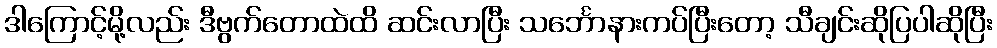
ဒါကြောင့်မို့လည်း ဒီဗွက်တောထဲထိ ဆင်းလာပြီး သင်္ဘောနားကပ်ပြီးတော့ သီချင်းဆိုပြပါဆိုပြီး